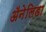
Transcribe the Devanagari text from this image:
ॲनेलिडा